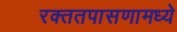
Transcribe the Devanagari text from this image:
रक्ततपासणामध्ये